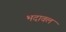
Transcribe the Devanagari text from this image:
भदावल